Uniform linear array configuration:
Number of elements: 16
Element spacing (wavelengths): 1
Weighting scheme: hamming
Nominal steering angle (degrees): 60
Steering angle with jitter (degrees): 61.711
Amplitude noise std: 0.05
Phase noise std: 0.05

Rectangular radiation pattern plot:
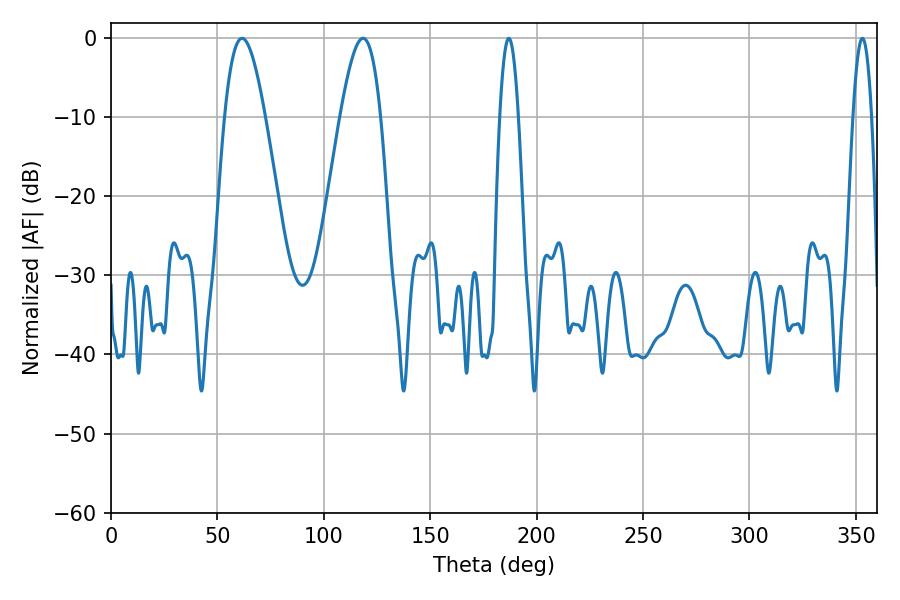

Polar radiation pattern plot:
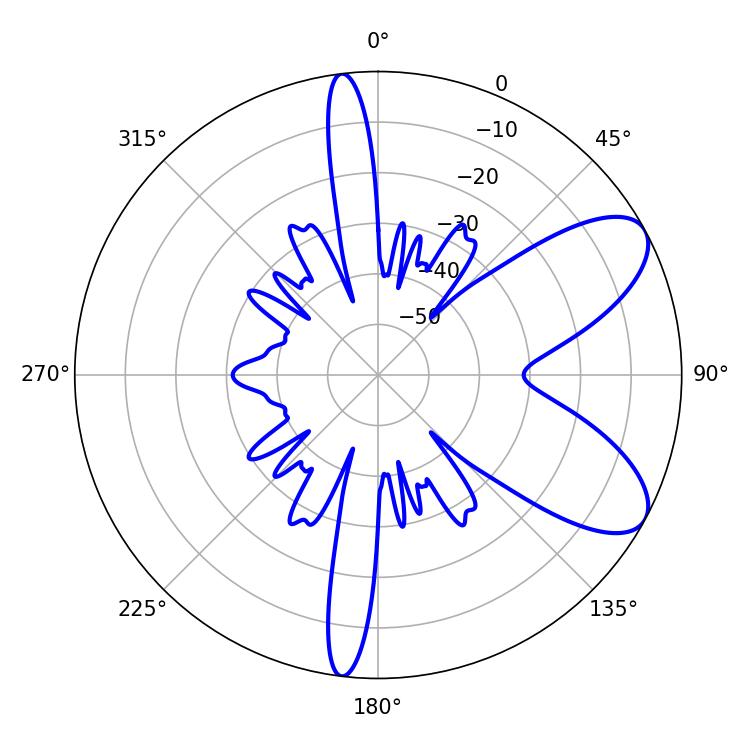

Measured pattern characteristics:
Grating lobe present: TRUE
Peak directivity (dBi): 7.905
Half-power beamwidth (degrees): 10.26
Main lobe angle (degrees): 61.56